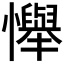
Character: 𢤫